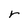
Character: r